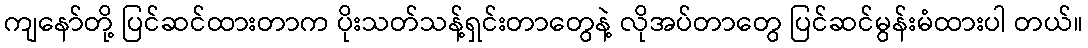
ကျနော်တို့ ပြင်ဆင်ထားတာက ပိုးသတ်သန့်ရှင်းတာတွေနဲ့ လိုအပ်တာတွေ ပြင်ဆင်မွန်းမံထားပါ တယ်။